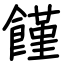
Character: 饉